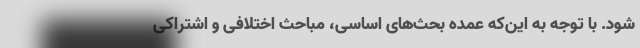
شود. با توجه به این‌که عمده بحث‌های اساسی، مباحث اختلافی و اشتراکی